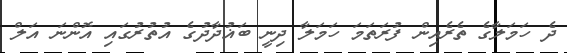
ދެ ހަމަލާގެ ތެރެއިން ފުރަތަމަ ހަމަލާ ދިނީ ބަޣުދާދުގެ އުތުރުގައި އޮންނަ އަލް